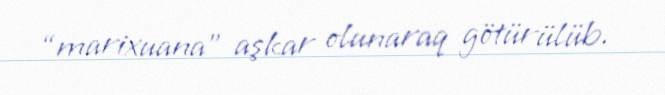
“marixuana” aşkar olunaraq götürülüb.